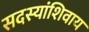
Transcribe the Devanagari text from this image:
सदस्यांशिवाय